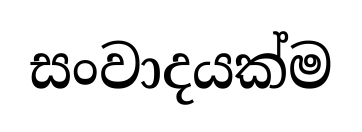
සංවාදයක්ම